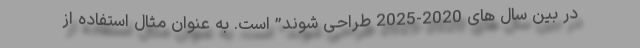
در بین سال های 2020-2025 طراحی شوند” است. به عنوان مثال استفاده از